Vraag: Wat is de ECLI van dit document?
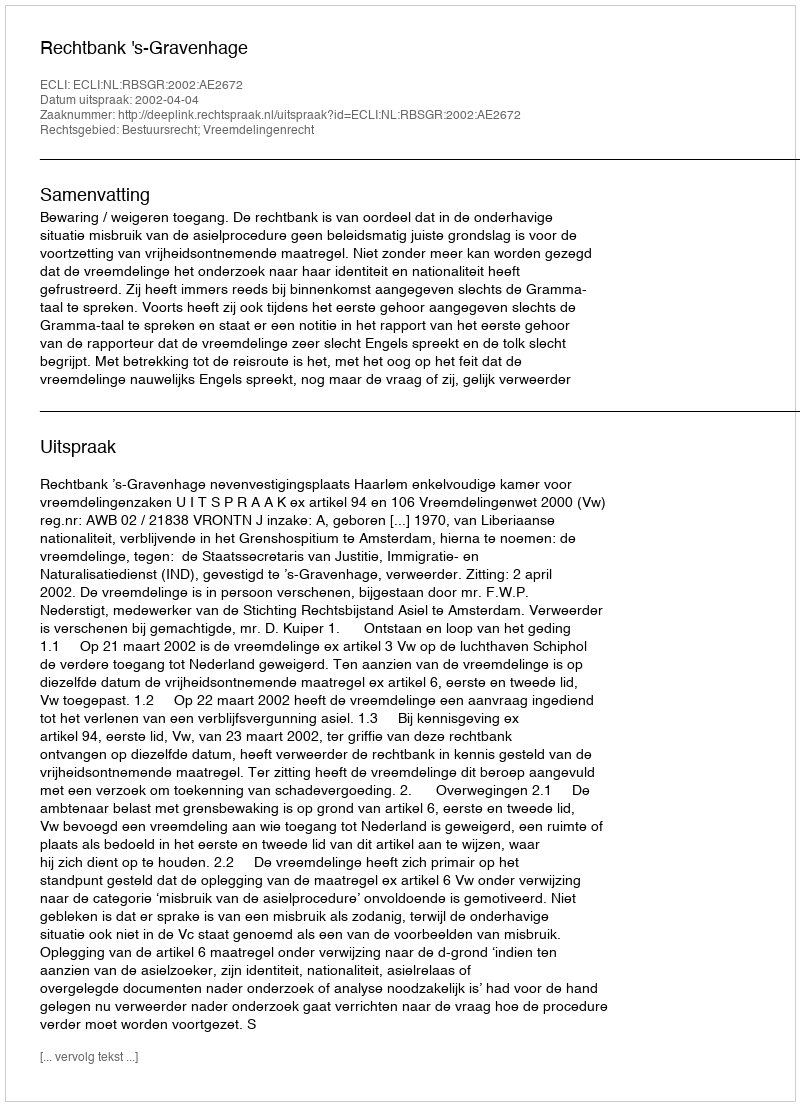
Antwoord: ECLI:NL:RBSGR:2002:AE2672